Punjab Mental Hospital Lahore 1932-46 - 1932-1946
Year: 1932
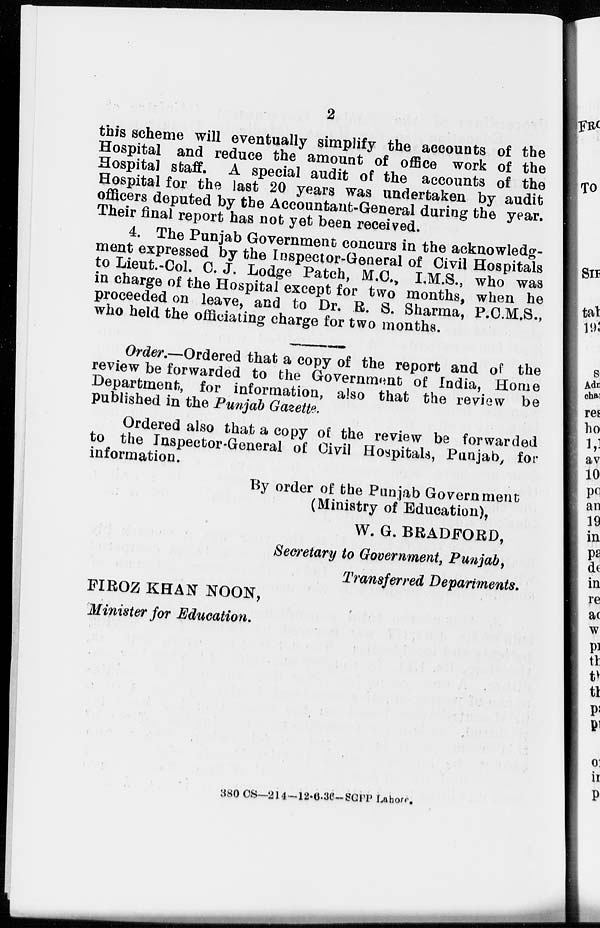
2
this scheme will eventually simplify the accounts of the
Hospital and reduce the amount of office work of the
Hospital staff. A special audit of the accounts of the
Hospital for the last 20 years was undertaken by audit
officers deputed by the Accountant-General during the year.
Their final report has not yet been received.
4. The Punjab Government concurs in the acknowledg-
ment expressed by the Inspector-General of Civil Hospitals
to Lieut.-Col. C. J. Lodge Patch, M.C., I.M.S., who was
in charge of the Hospital except for two months, when he
proceeded on leave, and to Dr. R. S. Sharma, P.C.M.S.,
who held the officiating charge for two months.
Order.—Ordered that a copy of the report and of the
review be forwarded to the Government of India, Home
Department, for information, also that the review be
published in the Punjab Gazette.
Ordered also that a copy of the review be forwarded
to the Inspector-General of Civil Hospitals, Punjab, for
information.
By order of the Punjab Government
(Ministry of Education),
W. G. BRADFORD,
Secretary to Government, Punjab,
Transferred Departments.
FIROZ KHAN NOON,
Minister for Education.
380 CS-214- 12-6-36-SGPP Lahore.